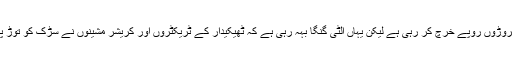
وزیراعلیٰ پنجا ب سڑکوں کی تعمیرو مرمت پر ایک طرف تو خصوصی توجہ دے کر کروڑوں روپے خرچ کر رہی ہے لیکن یہاں اُلٹی گنگا بہہ رہی ہے کہ ٹھیکیدار کے ٹریکٹروں اور کریشر مشینوں نے سڑک کو توڑ پھوڑ کر رکھ دیا ہے ، بارشی سیزن کو یہاں سے عام آدمی کا گزرنا بھی محال ہوتا ہے ۔